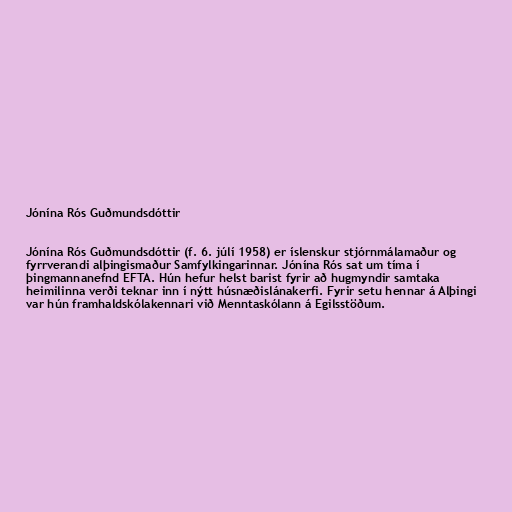
Jónína Rós Guðmundsdóttir

Jónína Rós Guðmundsdóttir (f. 6. júlí 1958) er íslenskur stjórnmálamaður og
fyrrverandi alþingismaður Samfylkingarinnar. Jónína Rós sat um tíma í
þingmannanefnd EFTA. Hún hefur helst barist fyrir að hugmyndir samtaka
heimilinna verði teknar inn í nýtt húsnæðislánakerfi. Fyrir setu hennar á Alþingi
var hún framhaldskólakennari við Menntaskólann á Egilsstöðum.